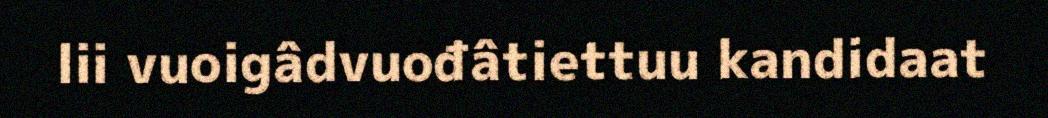
lii vuoigâdvuođâtiettuu kandidaat